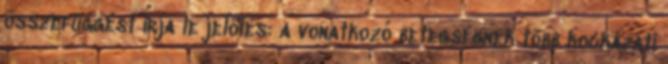
összefüggést írja le jelölés: a vonatkozó betegségnek több kockázati